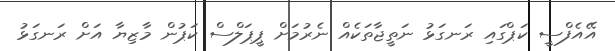
އޭއެފްސީ ކަޕްގައި ރަނގަޅު ނަތީޖާތަކެއް ނެރުމަށް ޕީޕަލްސް ކަޕުން މާޒިޔާ އަށް ރަނގަޅު